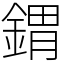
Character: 𨩋